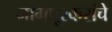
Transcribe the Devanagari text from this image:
नागपूरकरांचे